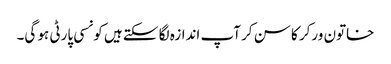
خاتون ورکر کا سن کر آپ اندازہ لگا سکتے ہیں کونسی پارٹی ہو گی۔